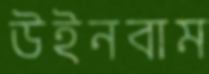
উইনবাম